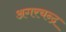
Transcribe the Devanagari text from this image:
अगरचन्द्र